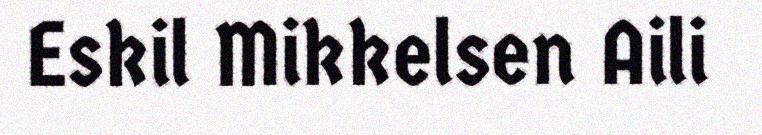
Eskil Mikkelsen Aili